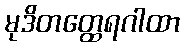
မုဒိတတ္ထေရဂါထာ